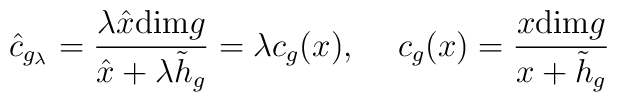
\hat{c}_{g_\lambda}=\frac{\lambda\hat{x}\textup{dim}g}{\hat{x}+\lambda \tilde{h}_g}=\lambda c_g(x),\hspace{.2in}c_g(x)=\frac{x\textup{dim}g}{x+\tilde{h}_g}